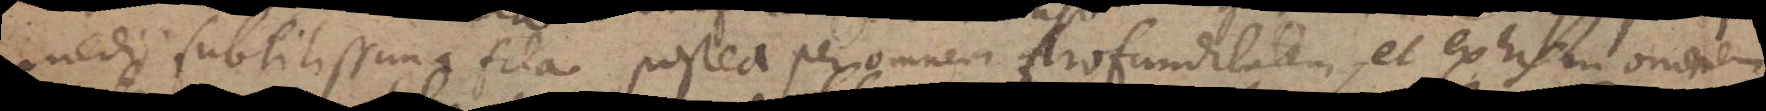
medii subtilissima fila postea per omnem profunditatem, et ex his in omnem